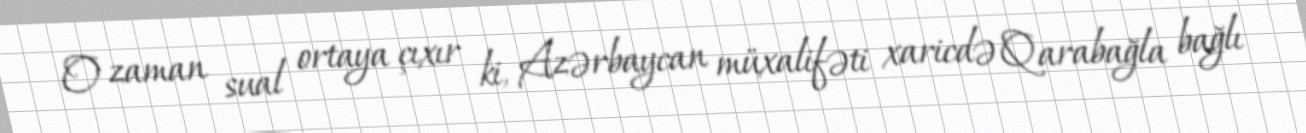
O zaman sual ortaya çıxır ki, Azərbaycan müxalifəti xaricdə Qarabağla bağlı